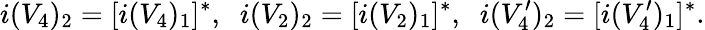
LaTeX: i(V_{4})_{2}=[i(V_{4})_{1}]^{*},\; \; i(V_{2})_{2}=[i(V_{2})_{1}]^{*},\; \; i(V_{4}^{\prime})_{2}=[i(V_{4}^{\prime})_{1}]^{*}.